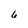
Character: 6